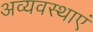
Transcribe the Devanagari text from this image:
अव्यवस्थाएं